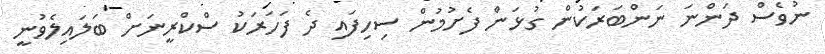
ނުވެސް ދަންނަ ނަންބަރަކުން ގުޅަން ފެށުމުން ސިހިފައި ދެ ފަހަރަކު ސްކްރީނަށް ބަލައިލެވުނީ